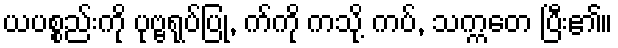
ယပစ္စည်းကို ပုဗ္ဗရုပ်ပြု, က်ကို ကသို့ ကပ်, သက္ကတေ ပြီး၏။